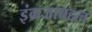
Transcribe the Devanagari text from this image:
इंग्रजाबद्दल